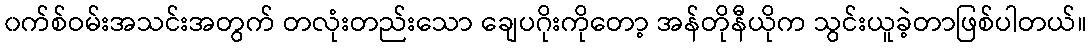
၀က်စ်ဝမ်းအသင်းအတွက် တလုံးတည်းသော ချေပဂိုးကိုတော့ အန်တိုနီယိုက သွင်းယူခဲ့တာဖြစ်ပါတယ်။